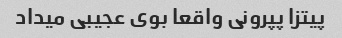
پیتزا پپرونی واقعا بوی عجیبی میداد